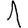
Digit: 1